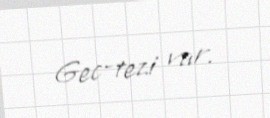
Gec-tezi var.